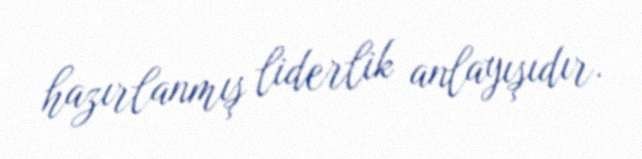
hazırlanmış liderlik anlayışıdır.